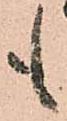
も